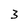
Character: 3